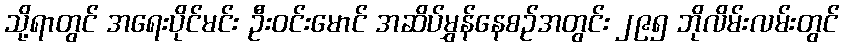
သို့ရာတွင် အရေးပိုင်မင်း ဦးဝင်းမောင် အဆိပ်မွှန်နေစဉ်အတွင်း ၂၉၅ ဘိုလိမ်းလမ်းတွင်